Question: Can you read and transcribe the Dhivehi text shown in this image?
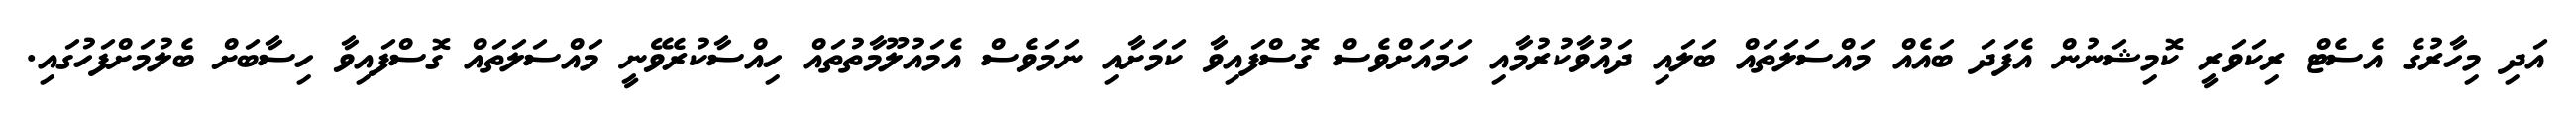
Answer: އަދި މިހާރުގެ އެސެޓް ރިކަވަރީ ކޮމިޝަނުން އެފަދަ ބައެއް މައްސަލަތައް ބަލައި ދައުވާކުރުމާއި ހަމައަށްވެސް ގޮސްފައިވާ ކަމަށާއި ނަމަވެސް އެމައުލޫމާތުތައް ހިއްސާކުރެވޭނީ މައްސަލަތައް ގޮސްފައިވާ ހިސާބަށް ބެލުމަށްފަހުގައި.